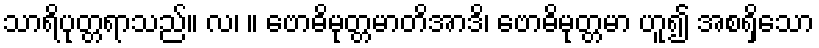
သာရိပုတ္တရာသည်။ လ၊ ။ ဗောဓိမုတ္တမာတိအာဒိ၊ ဗောဓိမုတ္တမာ ဟူ၍ အစရှိသော